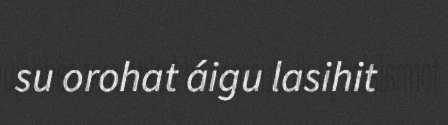
su orohat áigu lasihit